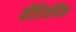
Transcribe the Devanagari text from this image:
वीडियोपैक